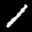
Label: 1